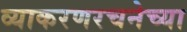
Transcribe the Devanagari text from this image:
व्याकरणरचनेच्या